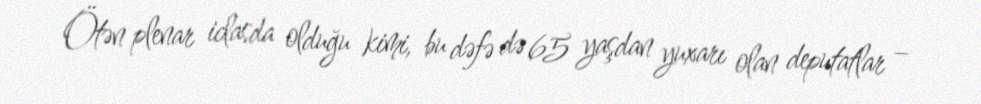
Ötən plenar iclasda olduğu kimi, bu dəfə də 65 yaşdan yuxarı olan deputatlar –